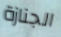
الجنازة